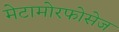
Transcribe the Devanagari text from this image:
मेटामोरफोसेज